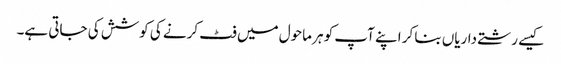
کیسے رشتے داریاں بنا کر اپنے آپ کو ہر ماحول میں فٹ کرنے کی کوشش کی جاتی ہے۔